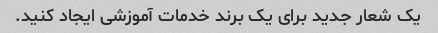
یک شعار جدید برای یک برند خدمات آموزشی ایجاد کنید.